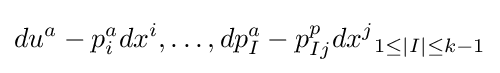
du^{a}-p_{i}^{a}dx^{i},\dots ,dp_{I}^{a}-p_{Ij}^{p}dx^{j}{}_{1\leq |I|\leq k-1}